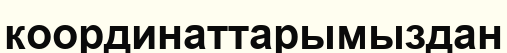
координаттарымыздан